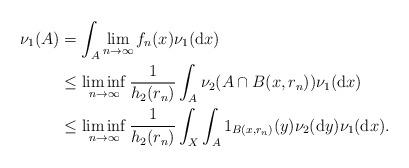
LaTeX: \begin{align*}\begin{aligned}\nu_1(A) & = \int_A \lim_{n \rightarrow \infty} f_n(x) \nu_1(\mathrm{d}x) \\& \leq \liminf_{n \rightarrow \infty} \frac{1}{h_2(r_n)} \int_A \nu_2(A \cap B(x,r_n)) \nu_1(\mathrm{d}x) \\& \leq \liminf_{n \rightarrow \infty} \frac{1}{h_2(r_n)} \int_X \int_A 1_{B(x,r_n)}(y) \nu_2(\mathrm{d}y) \nu_1(\mathrm{d}x).\end{aligned}\end{align*}